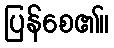
ပြန်စေ၏။